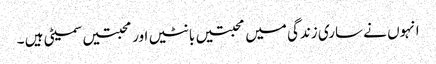
انہوں نے ساری زندگی میں محبتیں بانٹیں اور محبتیں سمیٹی ہیں ۔